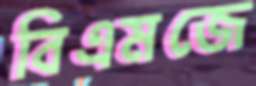
বিএমজে